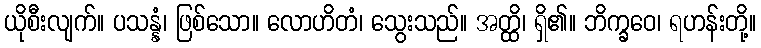
ယိုစီးလျက်။ ပသန္နံ၊ ဖြစ်သော။ လောဟိတံ၊ သွေးသည်။ အတ္ထိ၊ ရှိ၏။ ဘိက္ခဝေ၊ ရဟန်းတို့။